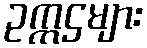
ဥက္ကဌများ